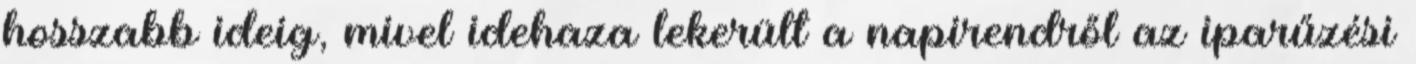
hosszabb ideig, mivel idehaza lekerült a napirendről az iparűzési